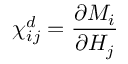
\chi _ { i j } ^ { d } = { \frac { \partial M _ { i } } { \partial H _ { j } } }